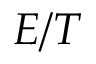
E / T